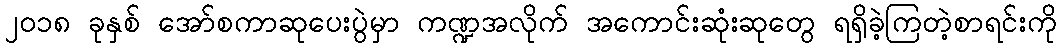
၂၀၁၈ ခုနှစ် အော်စကာဆုပေးပွဲမှာ ကဏ္ဍအလိုက် အကောင်းဆုံးဆုတွေ ရရှိခဲ့ကြတဲ့စာရင်းကို